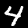
Digit: 4